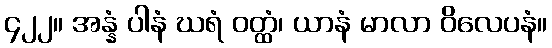
၄၂၂။ အန္နံ ပါနံ ဃရံ ဝတ္ထံ၊ ယာနံ မာလာ ဝိလေပနံ။